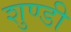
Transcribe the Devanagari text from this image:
शुण्डी